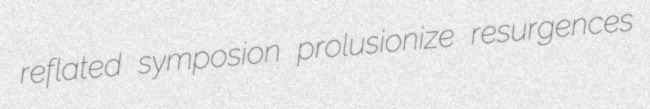
reflated symposion prolusionize resurgences